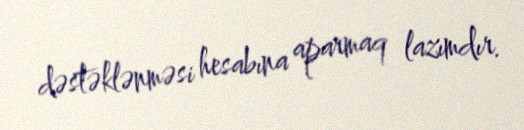
dəstəklənməsi hesabına aparmaq lazımdır.